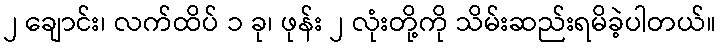
၂ ချောင်း၊ လက်ထိပ် ၁ ခု၊ ဖုန်း ၂ လုံးတို့ကို သိမ်းဆည်းရမိခဲ့ပါတယ်။